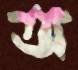
অ